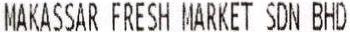
MAKASSAR FRESH MARKET SDN BHD